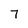
Character: 7